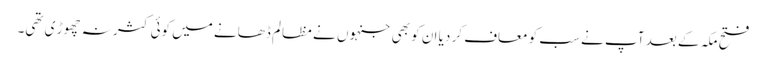
فتح مکہ کے بعد آپ نے سب کو معاف کر دیا ان کو بھی جنہوں نے مظالم ڈھانے میں کوئی کثر نہ چھوڑ ی تھی۔